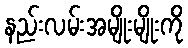
နည်းလမ်းအမျိုးမျိုးကို